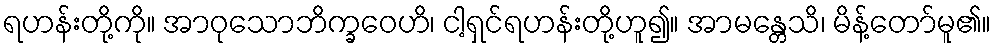
ရဟန်းတို့ကို။ အာဝုသောဘိက္ခဝေဟိ၊ ငါ့ရှင်ရဟန်းတို့ဟူ၍။ အာမန္တေသိ၊ မိန့်တော်မူ၏။